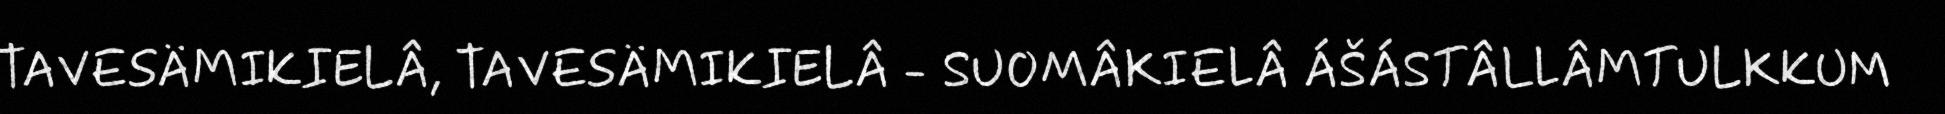
TAVESÄMIKIELÂ, TAVESÄMIKIELÂ - SUOMÂKIELÂ ÁŠÁSTÂLLÂMTULKKUM